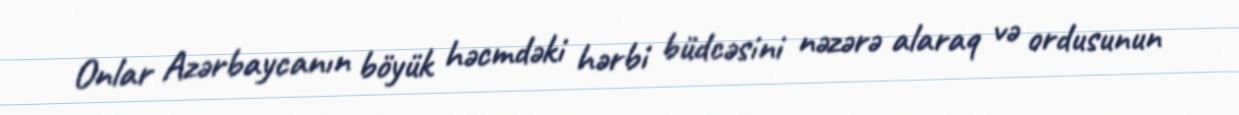
Onlar Azərbaycanın böyük həcmdəki hərbi büdcəsini nəzərə alaraq və ordusunun